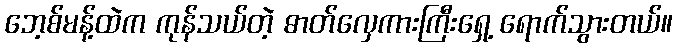
ဘေ့စ်မန့်ထဲက ကုန်သယ်တဲ့ ဓာတ်လှေကားကြီးရှေ့ ရောက်သွားတယ်။